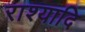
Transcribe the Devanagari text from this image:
राश्यादि